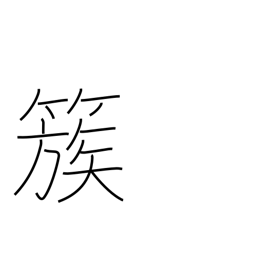
Meaning: group